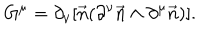
G ^ { \mu } = \partial _ { \nu } [ \vec { n } ( \partial ^ { \nu } \vec { n } \wedge \partial ^ { \mu } \vec { n } ) ] .